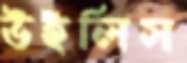
উইলিস